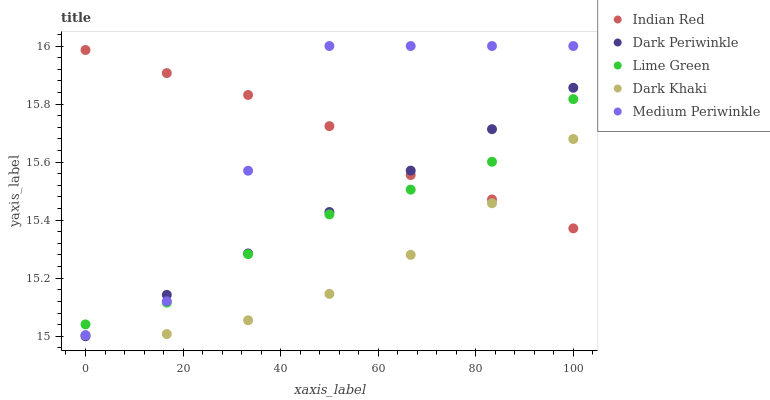
| xaxis_label | Indian Red | Dark Periwinkle | Lime Green | Dark Khaki | Medium Periwinkle |
 | --- | --- | --- | --- | --- | --- |
 | 0 | 16 | 15 | 15 | 15 | 15 |
 | 16.7 | 15.9 | 15.1 | 15.1 | 15 | 15.1 |
 | 33.3 | 15.8 | 15.3 | 15.3 | 15.1 | 15.6 |
 | 50 | 15.7 | 15.4 | 15.4 | 15.1 | 16 |
 | 66.7 | 15.6 | 15.6 | 15.5 | 15.3 | 16 |
 | 83.3 | 15.5 | 15.7 | 15.6 | 15.5 | 16 |
 | 100 | 15.4 | 15.9 | 15.8 | 15.7 | 16 |